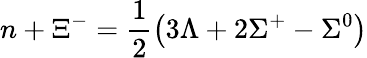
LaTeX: n+\Xi^{-}=\frac{1}{2}\left(3\Lambda+2\Sigma^{+}-\Sigma^{0}\right)